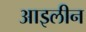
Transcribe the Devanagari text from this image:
आइलीन